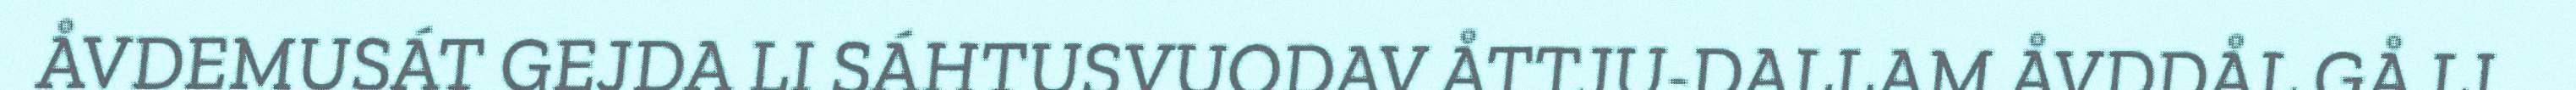
ÅVDEMUSÁT GEJDA LI SÁHTUSVUODAV ÅTTJU-DALLAM ÅVDDÅL GÅ LI